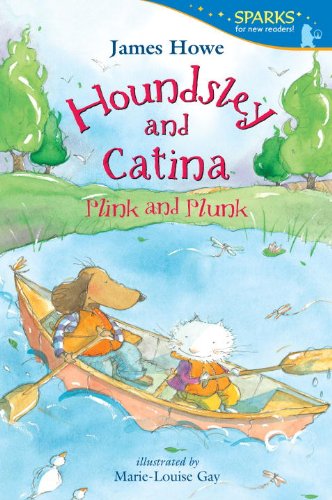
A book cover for Houndsley and Catina Plink and Plunk: Candlewick Sparks; James Howe; Children's Books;